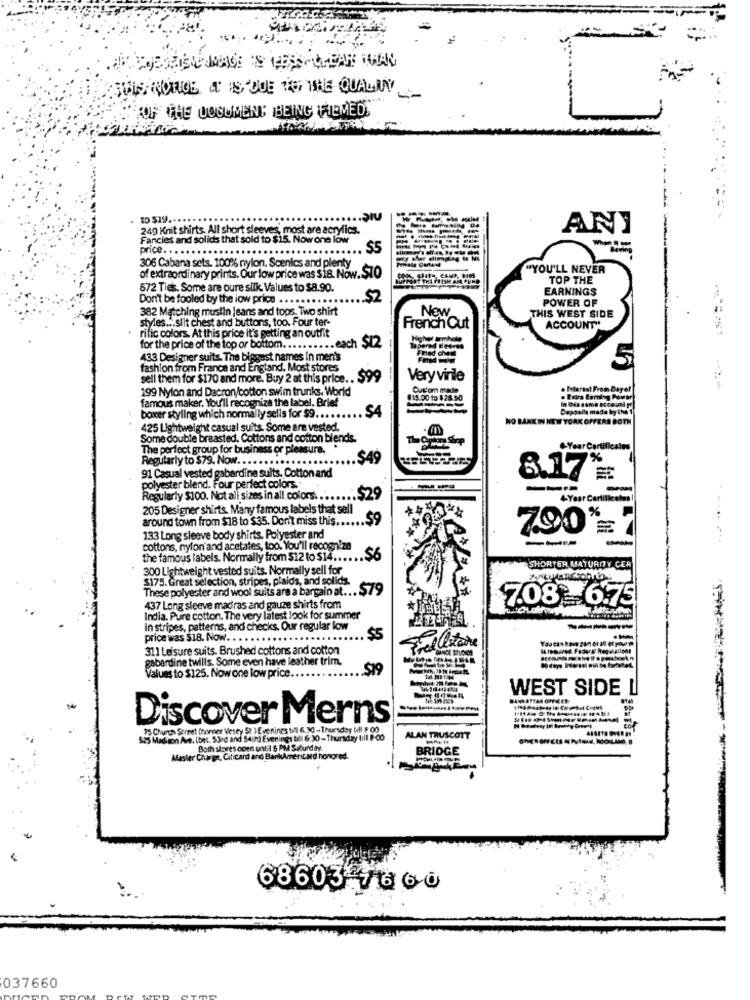
SUIS NORGE A IS DUE TO THE QUALITY
FOF THE COGUMENT BEING WHEMED
10 $19 ....
249 Knit shirts, All short sleeves, most are acrylics.
ANI
Fancies and solids that sold to $15. Now one low
price. ..
$5
Coming
306 Cabana sets. 100% nylon. Scenics and plenty
"YOU'LL NEVER
of extraordinary prints. Our low price was $18. Now. STO
TOP THE
572 Ties. Some are pure silk, Values to $8.90.
EARNINGS
Don't be fooled by the low price ... . . . .
52
POWER OF
382 Matching muslin jeans and tops. Two shirt
styles ... slit chest and buttons, too. Four ter-
New
THIS WEST SIDE
rific colors. At this price it's getting an outfit
French Cut
ACCOUNT""
for the price of the top or bottom .......... each $12
433 Designer suits. The biggest names in men's
5
fashion from France and England. Most stores
sell them for $170 and more. Buy 2 at this price .. $99
Very vinille
199 Nylon and Dacron/cotton swim trunks, World
Interest From Dayet
famous maker. You'll recognize the label. Brief
$15.00 to 28.50
. Fatra Łaminy Form
$4
Depoolla mada by the 1
boxer styling which normally sells for $9 ... ..
HO BANK IN NEW YORK OFFERS BOTN
425 Lightweight casual suits. Some are vested.
Some double breasted. Cottons and cotton blends.
The perfect group for business or pleasure.
CYearCertificates
Regularly to $79. Now .. .. ..
$49
91 Casual vested gabardine suits, Cotton and
8.17
polyester blend. Four perfect colors
---
Regularly $100. Not all sizes in all colors. ..
4-Year Carlilicales
205 Designer shirts. Many famous labels that sell
around town from $18 to $35. Don't miss this ...
SO
790%
133 Long sleeve body shirts. Polyester and
-
cottons, nylon'and acetates, too. You'll recognize
the famous labels. Normally from $12 to $14 ...... $6
300 Lightweight vested suits. Normally sell for
SHORTER MATURITY CER
$175. Great selection, stripes, plaids, and solids.
These polyester and wool suits are a bargain at ... $79
7.08 6.75
437 Long sleeve madras and gauze shirts from
India. Pure cotton. The very latest look for summer
In stripes, patterns, and checks. Our regular low
price was $18. Now. .
......
311 Leisure suits. Brushed cottons and cotton
gabardine twills. Some even have leather trim.
$19
Values to $125. Now one low price ....
WEST SIDE I
Discover Merns
25 Church Street (comer Vesey St ) Evenings til 6.90 - Thursday Cil : 00
525 Madison Ant, (bet. S3rd and 54un] Evenings til 6 30 - Thursday till 9:00
ALAN TRUSCOTT
Both stores coen unt 1 6 PM Saturday
BRIDGE
--
Alaster Charge, Citicard and BankAmericard honored.
68603 7660
037660